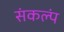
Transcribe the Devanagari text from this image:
संकल्पं